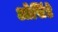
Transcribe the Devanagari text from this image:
ओसिंडे